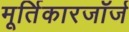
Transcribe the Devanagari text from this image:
मूर्तिकारजॉर्ज